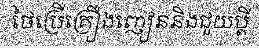
ថៃប្រើគ្រឿងញៀននិងជួយប្តី